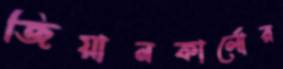
জিয়ানকার্লোর